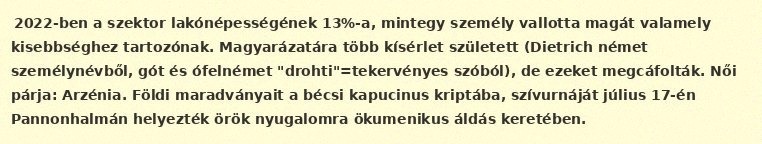
2022-ben a szektor lakónépességének 13%-a, mintegy személy vallotta magát valamely kisebbséghez tartozónak. Magyarázatára több kísérlet született (Dietrich német személynévből, gót és ófelnémet "drohti"=tekervényes szóból), de ezeket megcáfolták. Női párja: Arzénia. Földi maradványait a bécsi kapucinus kriptába, szívurnáját július 17-én Pannonhalmán helyezték örök nyugalomra ökumenikus áldás keretében.